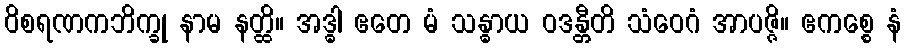
ဝိစရဏကဘိက္ခု နာမ နတ္ထိ။ အဒ္ဓါ ဧတေ မံ သန္ဓာယ ဝဒန္တီတိ သံဝေဂံ အာပဇ္ဇိ။ ဧကစ္စေ နံ